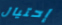
إحتيال